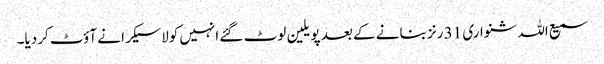
سمیع اللہ شنواری 31 رنز بنانے کے بعد پویلین لوٹ گئے انہیں کولاسیکرا نے آؤٹ کردیا۔